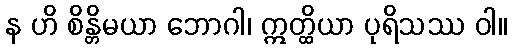
န ဟိ စိန္တိမယာ ဘောဂါ၊ ဣတ္ထိယာ ပုရိသဿ ဝါ။